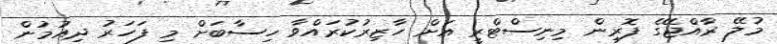
މުލޭ ރާއްޖޭގެ ފޮރިން މިނިސްޓްރީ އަށް ހާޒިރުކުރައްވާ ހިސާބަށް މި ފަހަރު ދިއުމުން